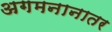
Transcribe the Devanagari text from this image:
अगमनानातर